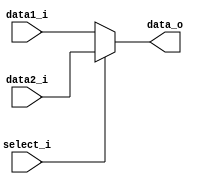
module MUX5(
    data1_i,
    data2_i,
    select_i,
    data_o
);

input	select_i;
input	[4:0]	data1_i, data2_i;
output  reg	[4:0]	data_o;

always@(data1_i or data2_i or select_i) begin
	data_o = 5'b0;
    if(select_i)
	begin
        data_o <= data2_i;
	end
    else
	begin
	    data_o <= data1_i;
	end
end
endmodule